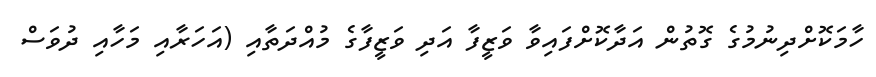
ހާމަކޮށްދިނުމުގެ ގޮތުން އަދާކޮށްފައިވާ ވަޒީފާ އަދި ވަޒީފާގެ މުއްދަތާއި (އަހަރާއި މަހާއި ދުވަސް